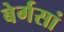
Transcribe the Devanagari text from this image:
बेर्गसां